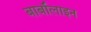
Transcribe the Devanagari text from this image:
बार्बॉलाइन